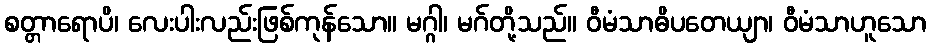
စတ္တာရောပိ၊ လေးပါးလည်းဖြစ်ကုန်သော။ မဂ္ဂါ၊ မဂ်တို့သည်။ ဝီမံသာဓိပတေယျာ၊ ဝီမံသာဟူသော